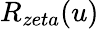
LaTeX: R_{zeta}(u)